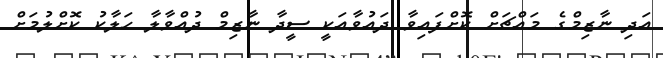
އަދި ނާޒިމްގެ މައްޗަށް ކޮށްފައިވާ ދައުވާއަކީ ސީދާ ނާޒިމް ދުއްވާލާ ހަލާކު ކޮށްލުމަށް